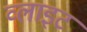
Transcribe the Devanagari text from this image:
व्‍लाइट